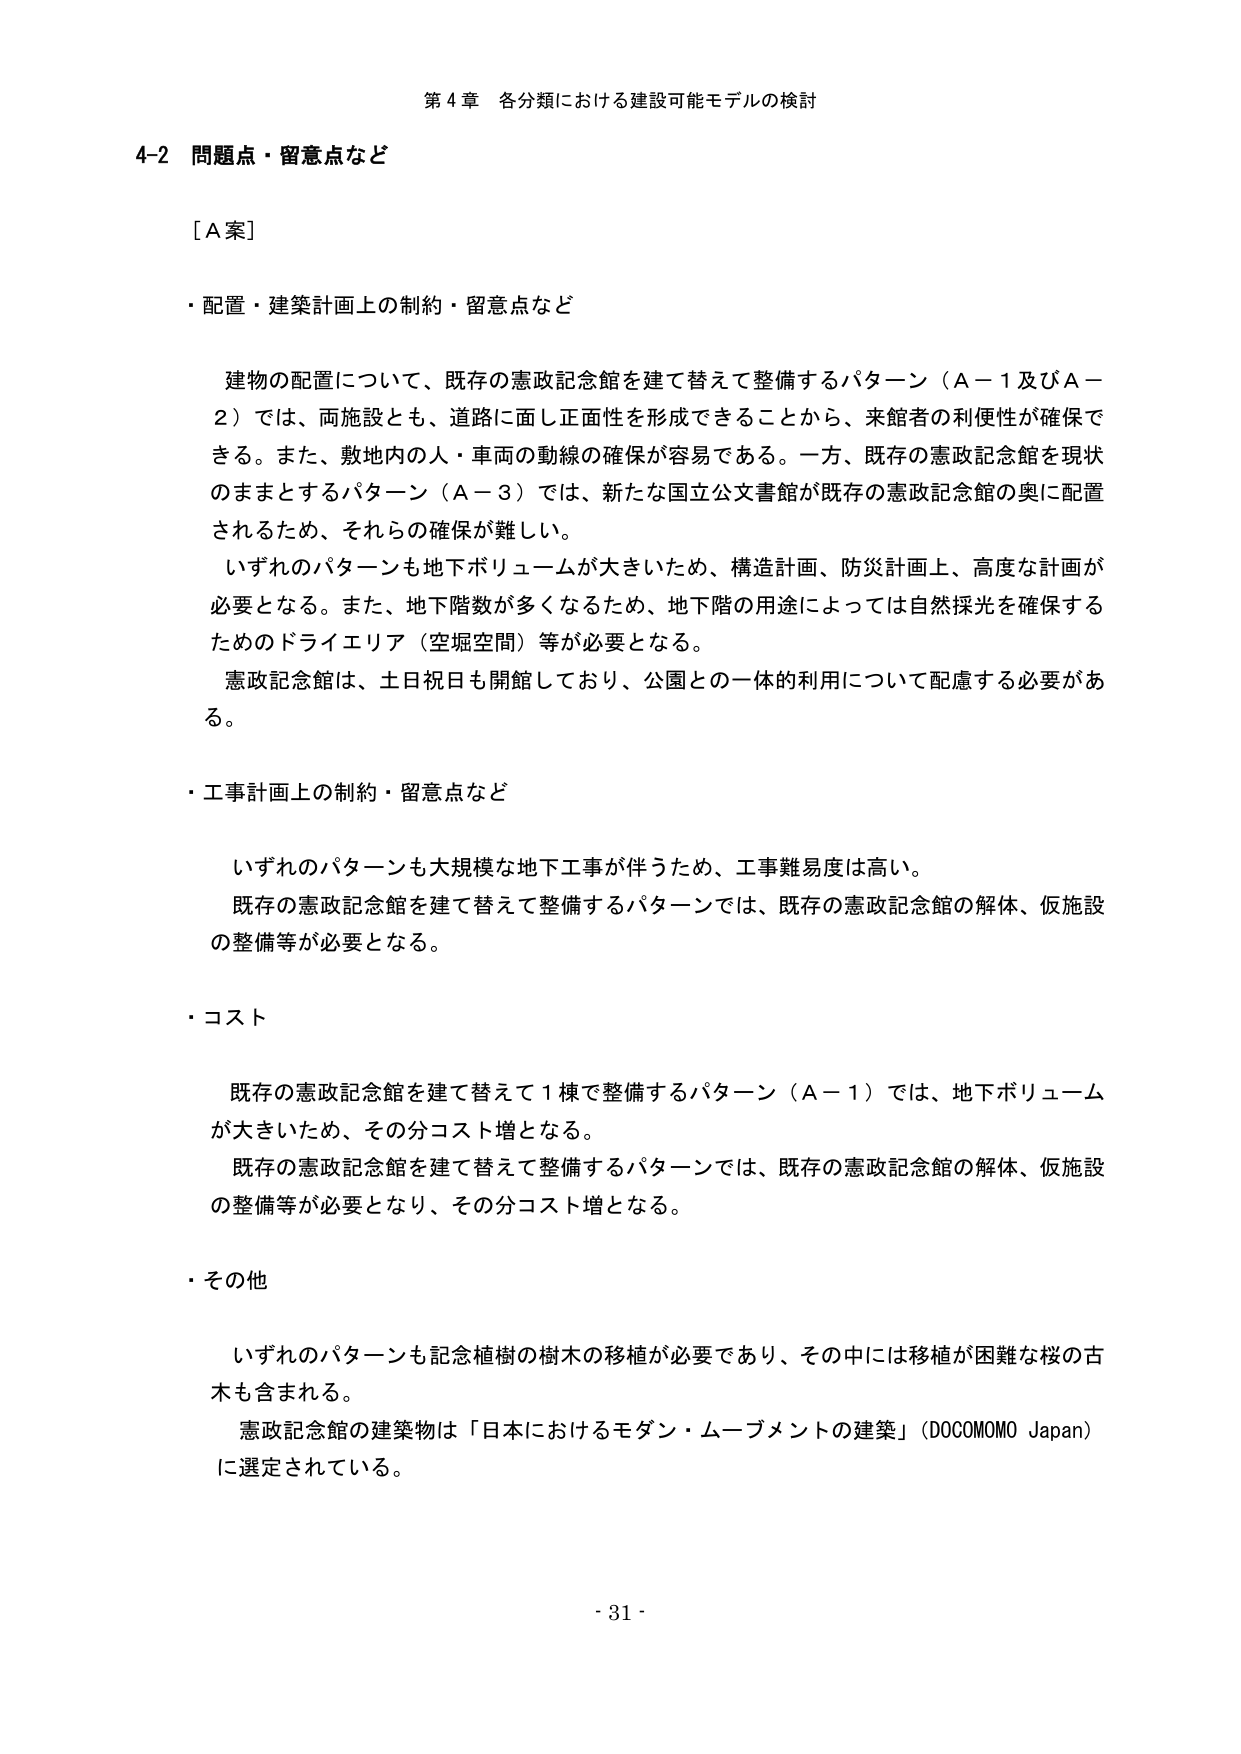
第４章 各分類における建設可能モデルの検討

4-2 問題点・留意点など

［A案］

・配置・建築計画上の制約・留意点など

建物の配置について、既存の憲政記念館を建て替えて整備するパターン（A－1及びA－2）では、両施設とも、道路に面し正面性を形成できることから、来館者の利便性が確保できる。また、敷地内の人・車両の動線の確保が容易である。一方、既存の憲政記念館を現状のままとするパターン（A－3）では、新たな国立公文書館が既存の憲政記念館の奥に配置されるため、それらの確保が難しい。

いずれのパターンも地下ボリュームが大きいため、構造計画、防災計画上、高度な計画が必要となる。また、地下階数が多くなるため、地下階の用途によっては自然採光を確保するためのドライエリア（空堀空間）等が必要となる。

憲政記念館は、土日祝日も開館しており、公園との一体的利用について配慮する必要がある。

・工事計画上の制約・留意点など

いずれのパターンも大規模な地下工事が伴うため、工事難易度は高い。

既存の憲政記念館を建て替えて整備するパターンでは、既存の憲政記念館の解体、仮施設の整備等が必要となる。

・コスト

既存の憲政記念館を建て替えて1棟で整備するパターン（A－1）では、地下ボリュームが大きいため、その分コスト増となる。

既存の憲政記念館を建て替えて整備するパターンでは、既存の憲政記念館の解体、仮施設の整備等が必要となり、その分コスト増となる。

・その他

いずれのパターンも記念植樹の樹木の移植が必要であり、その中には移植が困難な桜の古木も含まれる。

憲政記念館の建築物は「日本におけるモダン・ムーブメントの建築」（DOCOMOMO Japan）に選定されている。

- 31 -